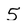
Character: 5